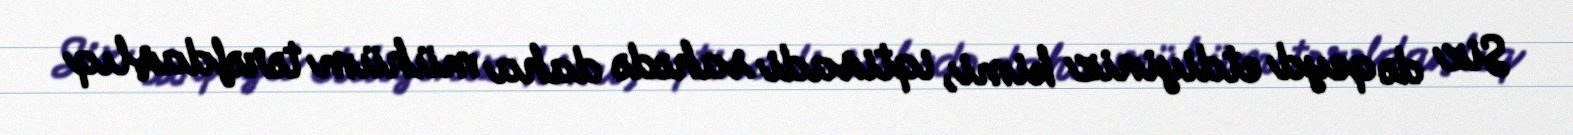
Siz də qeyd etdiyiniz kimi, iqtisadi sahədə daha mühüm tərəfdaşlıq